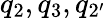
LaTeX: q_{2},q_{3},q_{2^{\prime}}